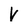
Character: V